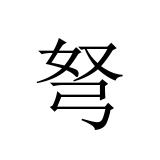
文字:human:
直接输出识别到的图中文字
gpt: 弩